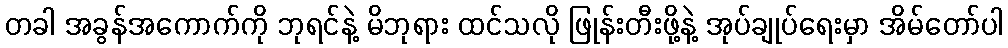
တခါ အခွန်အကောက်ကို ဘုရင်နဲ့ မိဘုရား ထင်သလို ဖြုန်းတီးဖို့နဲ့ အုပ်ချုပ်ရေးမှာ အိမ်တော်ပါ